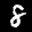
Label: 8